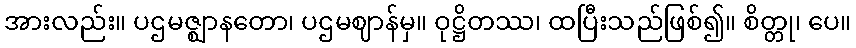
အားလည်း။ ပဌမဇ္ဈာနတော၊ ပဌမဈာန်မှ။ ဝုဋ္ဌိတဿ၊ ထပြီးသည်ဖြစ်၍။ စိတ္တု၊ ပေ။